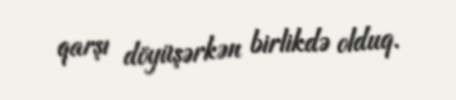
qarşı döyüşərkən birlikdə olduq.